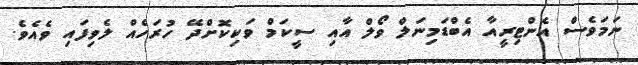
ނަމަވެސް އެންޓިރީއާ އެބްޑަމިނަލް ވޯލް އާއި ސީކަމް ވަކިކޮށްދޭ ހުރަހެއް ލެވިފައި ވެއެވެ.